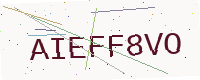
Text: AIEFF8VO